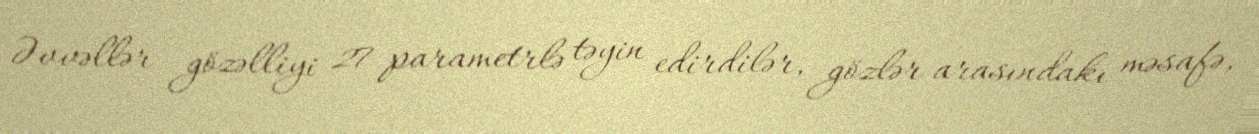
Əvvəllər gözəlliyi 27 parametrlə təyin edirdilər, gözlər arasındakı məsafə,